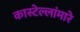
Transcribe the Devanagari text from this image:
कास्टेल्लांमारे